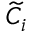
\widetilde { C } _ { i }